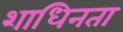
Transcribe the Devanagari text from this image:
शाधिनता